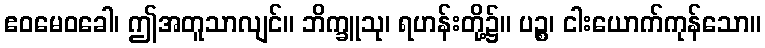
ဧဝမေဝခေါ၊ ဤအတူသာလျင်။ ဘိက္ခူသု၊ ရဟန်းတို့၌။ ပဉ္စ၊ ငါးယောက်ကုန်သော။